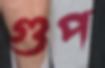
গুপ